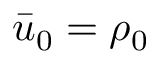
\bar { u } _ { 0 } = \rho _ { 0 }